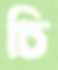
চি